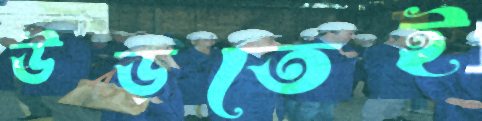
উড়তেই